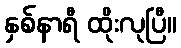
နှစ်နာရီ ထိုးလုပြီ။